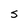
Character: S